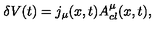
\delta V ( t ) = j _ { \mu } ( x , t ) A _ { c l } ^ { \mu } ( x , t ) ,